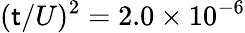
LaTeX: (\mathsf{t}/U)^{2}=2.0\times10^{-6}